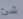
شئ